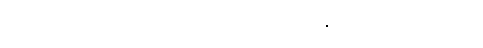
ဥပမာ ဥပဒေ အပြောင်းလဲ၊ ဒါမှမဟုတ် နိုင်ငံရေးအခြေအနေ